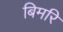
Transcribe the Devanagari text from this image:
बिमरि